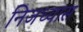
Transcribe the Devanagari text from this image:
निजध्यास